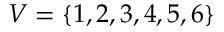
V = \{ 1 , 2 , 3 , 4 , 5 , 6 \}